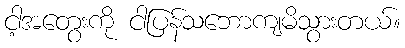
ငါ့အတွေးကို ငါပြန်သဘောကျမိသွားတယ်။